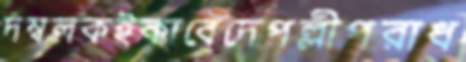
দম্বলকইকাবেদেপল্লীপরাধ